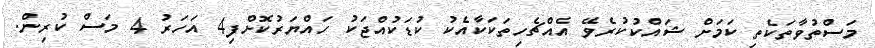
މަސްތުވާތަކެތި ކަމަށް ޝައްކުކުރެވޭ އެއްޗެހިތަކަކާއެކު ކުޑަކުއްޖަކު ހައްޔަރުކޮށްފި4 އަހަރު 4 މަސް ކުރިން.